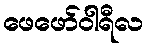
ဖေဖော်ဝါရီလ